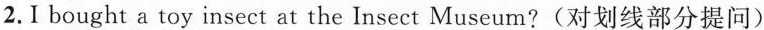
2.Ibought \underline{a toy insect} at the Insect Museum?(对划线部分提问)